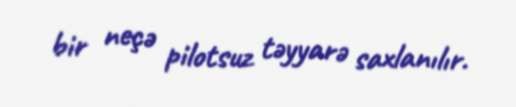
bir neçə pilotsuz təyyarə saxlanılır.